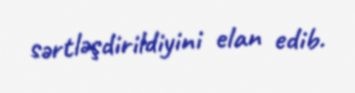
sərtləşdirildiyini elan edib.